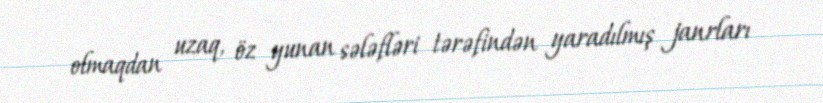
olmaqdan uzaq, öz yunan sələfləri tərəfindən yaradılmış janrları